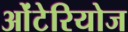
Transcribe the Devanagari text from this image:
ओंटेरियोज